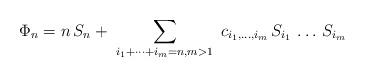
LaTeX: \begin{align*}\Phi_n = n \, S_n + \ \sum_{i_1+\dots+i_m=n,m>1} \ c_{i_1,\dots,i_m} \,S_{i_1} \, \dots\, S_{i_m}\end{align*}